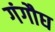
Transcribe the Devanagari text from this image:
गंगौघ